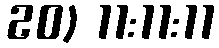
20) 11:11:11